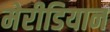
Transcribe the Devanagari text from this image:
मेरीडियान